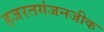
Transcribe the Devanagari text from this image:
हजरतगंजनजीक